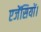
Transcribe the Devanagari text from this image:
एजेंसियों।